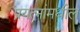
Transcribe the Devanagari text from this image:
प्रयत्‍नांमधील